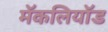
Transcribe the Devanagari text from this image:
मॅकलियॉड